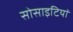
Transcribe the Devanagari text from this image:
सोसाइटियां